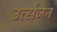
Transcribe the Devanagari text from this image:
उर्त्सजन